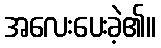
အလေးပေးခဲ့၏။